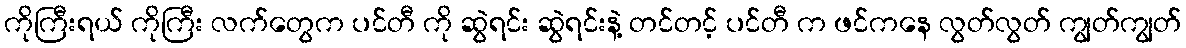
ကိုကြီးရယ် ကိုကြီး လက်တွေက ပင်တီ ကို ဆွဲရင်း ဆွဲရင်းနဲ့ တင်တင့် ပင်တီ က ဖင်ကနေ လွတ်လွတ် ကျွတ်ကျွတ်